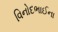
વિનોદભાઈના